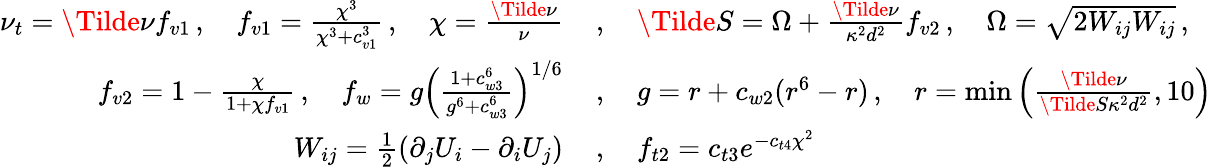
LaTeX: \begin{array}{rl}{\nu_{t}=\Tilde{\nu}f_{v1}\, ,\quad f_{v1}=\frac{\chi^{3}}{\chi^{3}+c_{v1}^{3}}\, ,\quad\chi=\frac{\Tilde{\nu}}{\nu}\, }&{,\quad\Tilde{S}=\Omega+\frac{\Tilde{\nu}}{\kappa^{2}d^{2}}f_{v2}\, ,\quad\Omega=\sqrt{2W_{ij}W_{ij}}\, ,}\\ {f_{v2}=1-\frac{\chi}{1+\chi f_{v1}}\, ,\quad f_{w}=g\left(\frac{1+c_{w3}^{6}}{g^{6}+c_{w3}^{6}}\right)^{1/6}\, }&{,\quad g=r+c_{w2}(r^{6}-r)\, ,\quad r=\operatorname*{min}\left(\frac{\Tilde{\nu}}{\Tilde{S}\kappa^{2}d^{2}},10\right)}\\ {W_{ij}=\frac{1}{2}(\partial_{j}U_{i}-\partial_{i}U_{j})\, }&{,\quad f_{t2}=c_{t3}e^{-c_{t4}\chi^{2}}}\end{array}